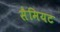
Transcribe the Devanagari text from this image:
सैमियट